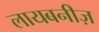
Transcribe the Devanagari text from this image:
लायबनीज़